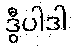
ဒွီပါဒါ